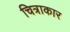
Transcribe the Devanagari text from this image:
चित्राकार